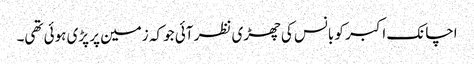
اچانک اکبر کو بانس کی چھڑی نظر آئی جو کہ زمین پر پڑی ہوئی تھی۔